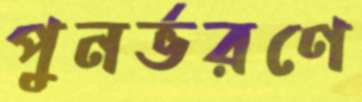
পুনর্ভরণে